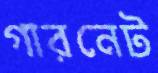
গারনেট